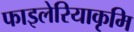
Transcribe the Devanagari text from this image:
फाइलेरियाकृमि